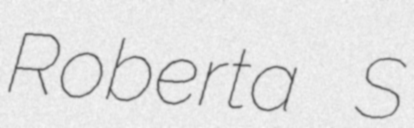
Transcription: Roberta S